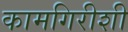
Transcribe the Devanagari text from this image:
कामगिरीशी